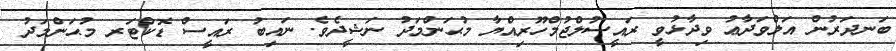
ބަނދަރުން އަލްވަދާޢު ވިދާޅުވީ ރައީސުލްޖުމްހޫރިއްޔާ މުޙަންމަދު ނަޝީދެވެ. ނައިބު ރައީސް ޑޮކްޓަރ މުޙަންމަދު